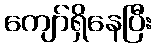
ကျော်ရှိနေပြီး